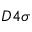
D 4 \sigma